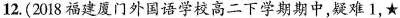
12.(2018福建厦门外国语学校高二下学期期中，疑难1，★